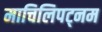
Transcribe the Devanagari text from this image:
माचिलिपट्नम